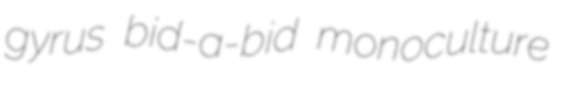
gyrus bid-a-bid monoculture